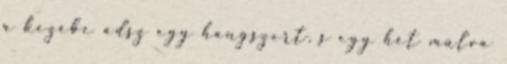
a kezébe adsz egy hangszert, s egy hét múlva